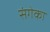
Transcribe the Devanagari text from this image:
संगेका